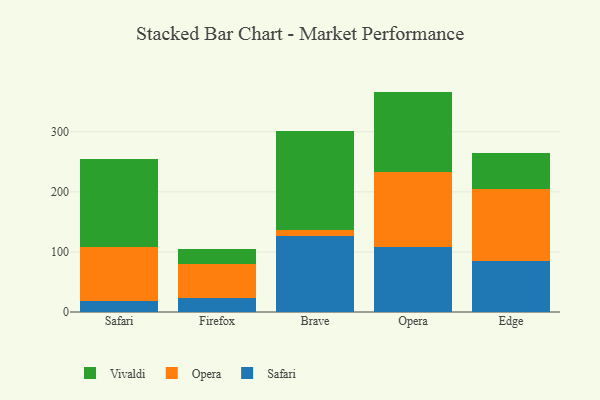
{"axis": {"x": "Browser", "y": "LTV (USD)"}, "legend": ["Opera", "Safari", "Vivaldi"], "data": [{"x": "Safari", "y": 17.5, "type": "Safari"}, {"x": "Safari", "y": 91.0, "type": "Opera"}, {"x": "Safari", "y": 146.1, "type": "Vivaldi"}, {"x": "Firefox", "y": 23.1, "type": "Safari"}, {"x": "Firefox", "y": 56.1, "type": "Opera"}, {"x": "Firefox", "y": 25.3, "type": "Vivaldi"}, {"x": "Brave", "y": 127.1, "type": "Safari"}, {"x": "Brave", "y": 9.0, "type": "Opera"}, {"x": "Brave", "y": 165.0, "type": "Vivaldi"}, {"x": "Opera", "y": 108.1, "type": "Safari"}, {"x": "Opera", "y": 125.2, "type": "Opera"}, {"x": "Opera", "y": 133.5, "type": "Vivaldi"}, {"x": "Edge", "y": 84.1, "type": "Safari"}, {"x": "Edge", "y": 120.6, "type": "Opera"}, {"x": "Edge", "y": 59.4, "type": "Vivaldi"}]}